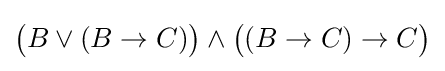
{\big (}B\lor (B\to C){\big )}\land {\big (}(B\to C)\to C{\big )}